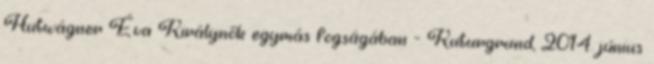
Hutwágner Éva Királynők egymás fogságában - Kuturgrund, 2014. június